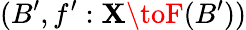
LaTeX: (B^{\prime},f^{\prime}:\mathbf{X}\toF(B^{\prime}))